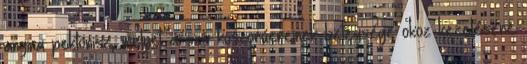
angina pektorisz, melyet a szív koszorúereinek betegsége okoz kezelésére